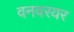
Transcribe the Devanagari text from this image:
वनवरयर